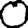
Digit: 0